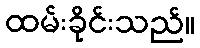
ထမ်းခိုင်းသည်။